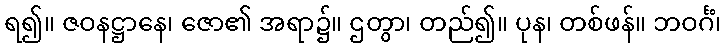
ရ၍။ ဇဝနဋ္ဌာနေ၊ ဇော၏ အရာ၌။ ဌတွာ၊ တည်၍။ ပုန၊ တစ်ဖန်။ ဘဝင်္ဂံ၊